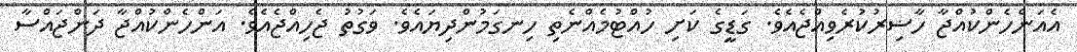
އެއަންހެންކުއްޖާ ހާޟިރުކުރެވިއްޖެއެވެ. ގަޑީގެ ކަށި ހުއްޓުމެއްނެތި ހިނގަމުންދިޔައެވެ. ވަގުތު ޖެހިއްޖެއެވެ. އަންހެންކުއްޖާ ދަންޖައްސާ